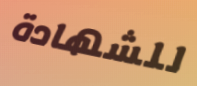
للشهادة